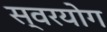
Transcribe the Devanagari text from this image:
स्वरयोग